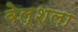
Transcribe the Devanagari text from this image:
वेल्शला